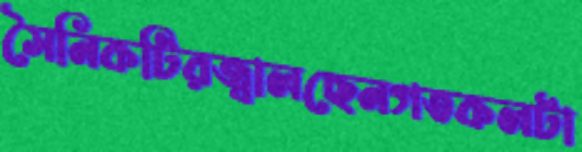
সৈনিকটিরজ্বালছেনগতকলটা